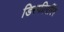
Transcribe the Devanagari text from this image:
डिस्फीगरिंग